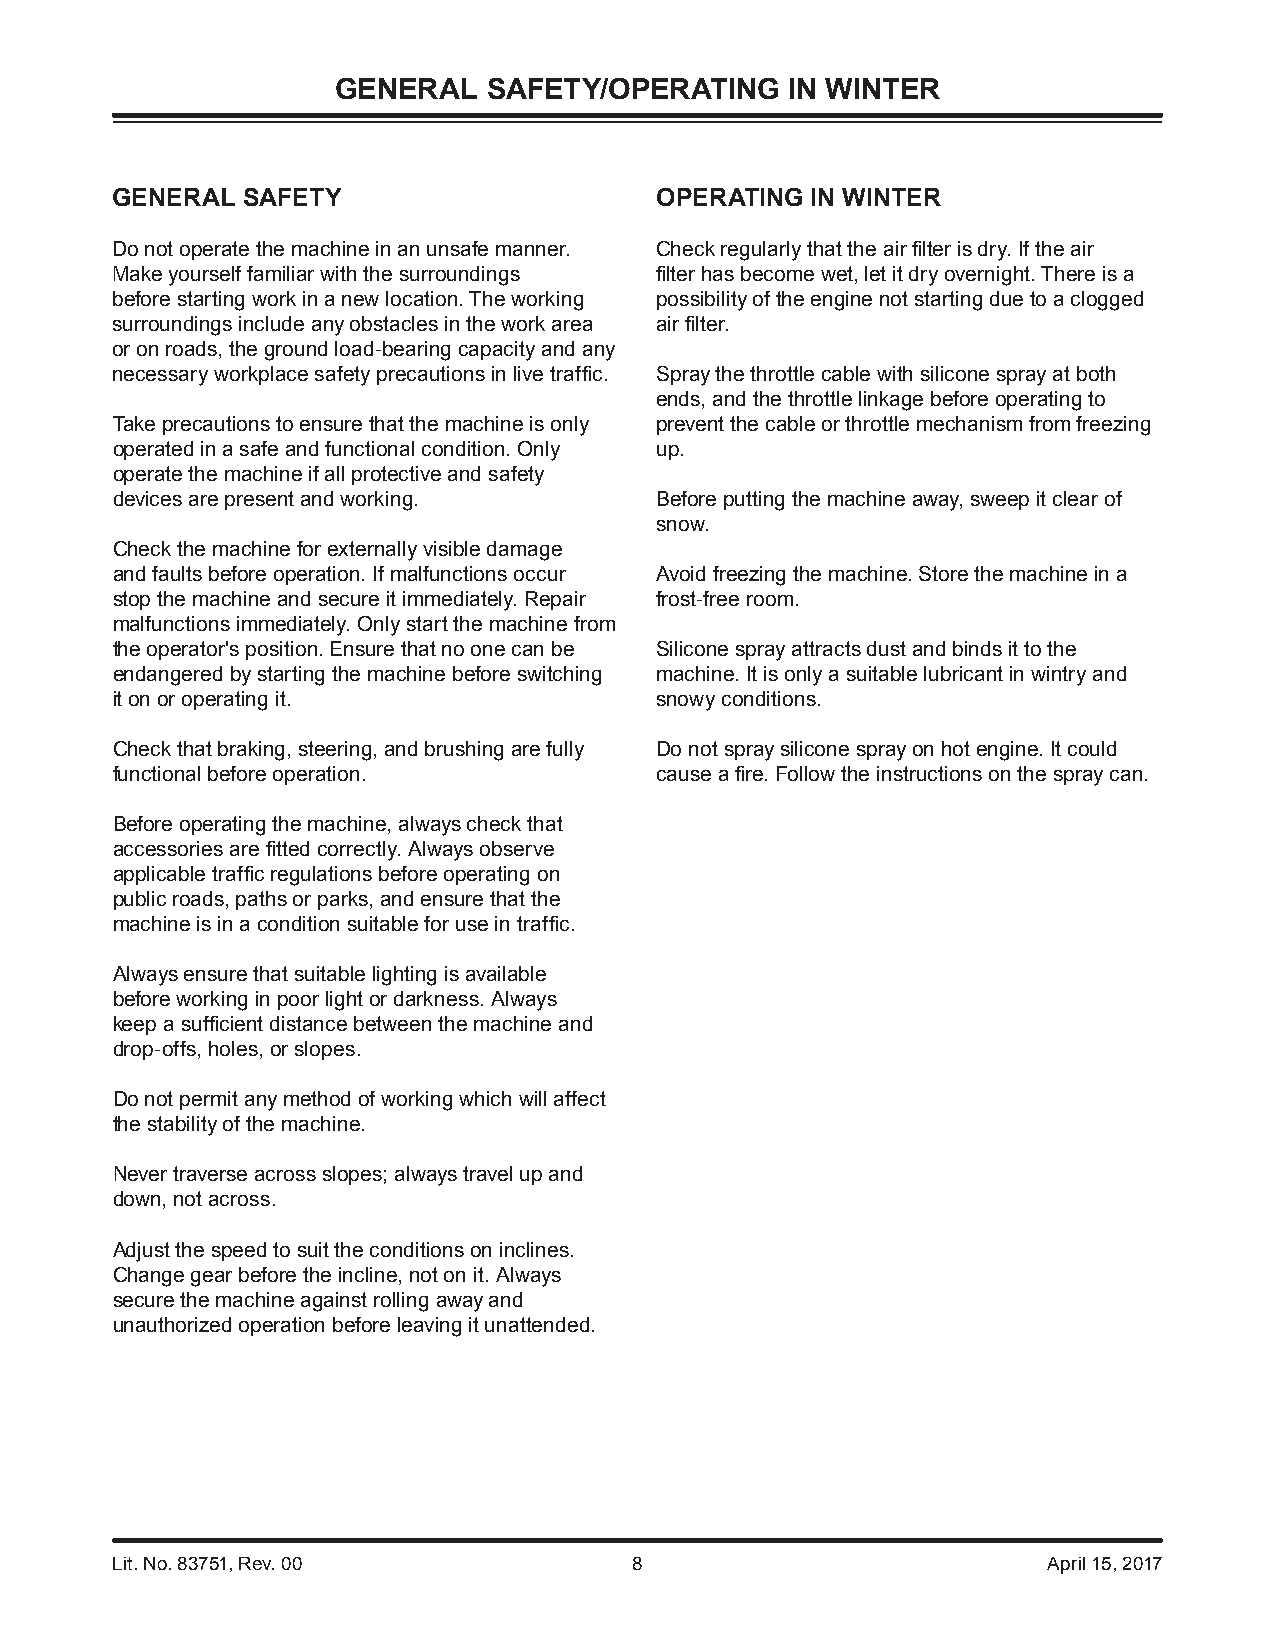
GENERAL   SAFETY/OPERATING    IN WINTER
 GENERAL  SAFETY                     OPERATING  IN WINTER
 Do not operate the machine in an unsafe manner. Check regularly that the air fi lter is dry. If the air
 Make yourself familiar with the surroundings fi lter has become wet, let it dry overnight. There is a
 before starting work in a new location. The working possibility of the engine not starting due to a clogged
 surroundings include any obstacles in the work area air fi lter.
 or on roads, the ground load-bearing capacity and any
 necessary workplace safety precautions in live traffi c. Spray the throttle cable with silicone spray at both
 ends, and the throttle linkage before operating to
 Take precautions to ensure that the machine is only prevent the cable or throttle mechanism from freezing
 operated in a safe and functional condition. Only up.
 operate the machine if all protective and safety
 devices are present and working.    Before putting the machine away, sweep it clear of
 snow.
 Check the machine for externally visible damage
 and faults before operation. If malfunctions occur Avoid freezing the machine. Store the machine in a
 stop the machine and secure it immediately. Repair frost-free room.
 malfunctions immediately. Only start the machine from
 the operator's position. Ensure that no one can be Silicone spray attracts dust and binds it to the
 endangered by starting the machine before switching machine. It is only a suitable lubricant in wintry and
 it on or operating it.              snowy conditions.
 Check that braking, steering, and brushing are fully Do not spray silicone spray on hot engine. It could
 functional before operation.        cause a fi re. Follow the instructions on the spray can.
 Before operating the machine, always check that
 accessories are fi tted correctly. Always observe
 applicable traffi c regulations before operating on
 public roads, paths or parks, and ensure that the
 machine is in a condition suitable for use in traffi c.
 Always ensure that suitable lighting is available
 before working in poor light or darkness. Always
 keep a suffi cient distance between the machine and
 drop-offs, holes, or slopes.
 Do not permit any method of working which will affect
 the stability of the machine.
 Never traverse across slopes; always travel up and
 down, not across.
 Adjust the speed to suit the conditions on inclines.
 Change gear before the incline, not on it. Always
 secure the machine against rolling away and
 unauthorized operation before leaving it unattended.
 Lit. No. 83751, Rev. 00            8                          April 15, 2017